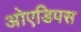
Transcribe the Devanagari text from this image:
ओएडिपस